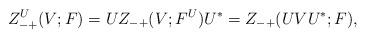
LaTeX: \begin{align*}Z_{-+}^U(V;F) = UZ_{-+}(V;F^U)U^* =Z_{-+}(UVU^*;F),\end{align*}